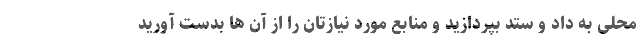
محلی به داد و ستد بپردازید و منابع مورد نیازتان را از آن ها بدست آورید